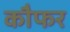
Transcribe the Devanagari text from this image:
कौफर